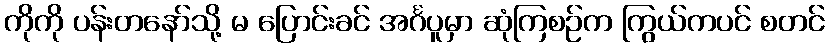
ကိုကို ပန်းတနော်သို့ မ ပြောင်းခင် အင်္ဂပူမှာ ဆုံကြစဉ်က ကြွယ်ကပင် စတင်